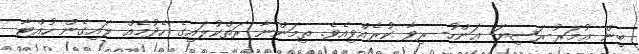
ބިން ޢުމަރު-ރަޟިޔަ ޢަންހު- ރިވާ ކުރެއްވިއެވެ. ތިމަންނާ ރަތްކުލައިގެ ހެދުމެއް ލައިގެން ހުއްޓާ